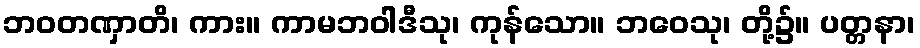
ဘဝတဏှာတိ၊ ကား။ ကာမဘဝါဒီသု၊ ကုန်သော။ ဘဝေသု၊ တို့၌။ ပတ္တနာ၊